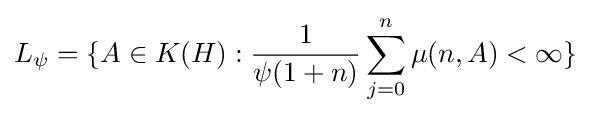
L_{\psi }=\{A\in K(H):{\frac {1}{\psi (1+n)}}\sum _{j=0}^{n}\mu (n,A)<\infty \}